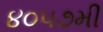
૪૦૫૭મી